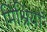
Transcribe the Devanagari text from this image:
मिश्रियों